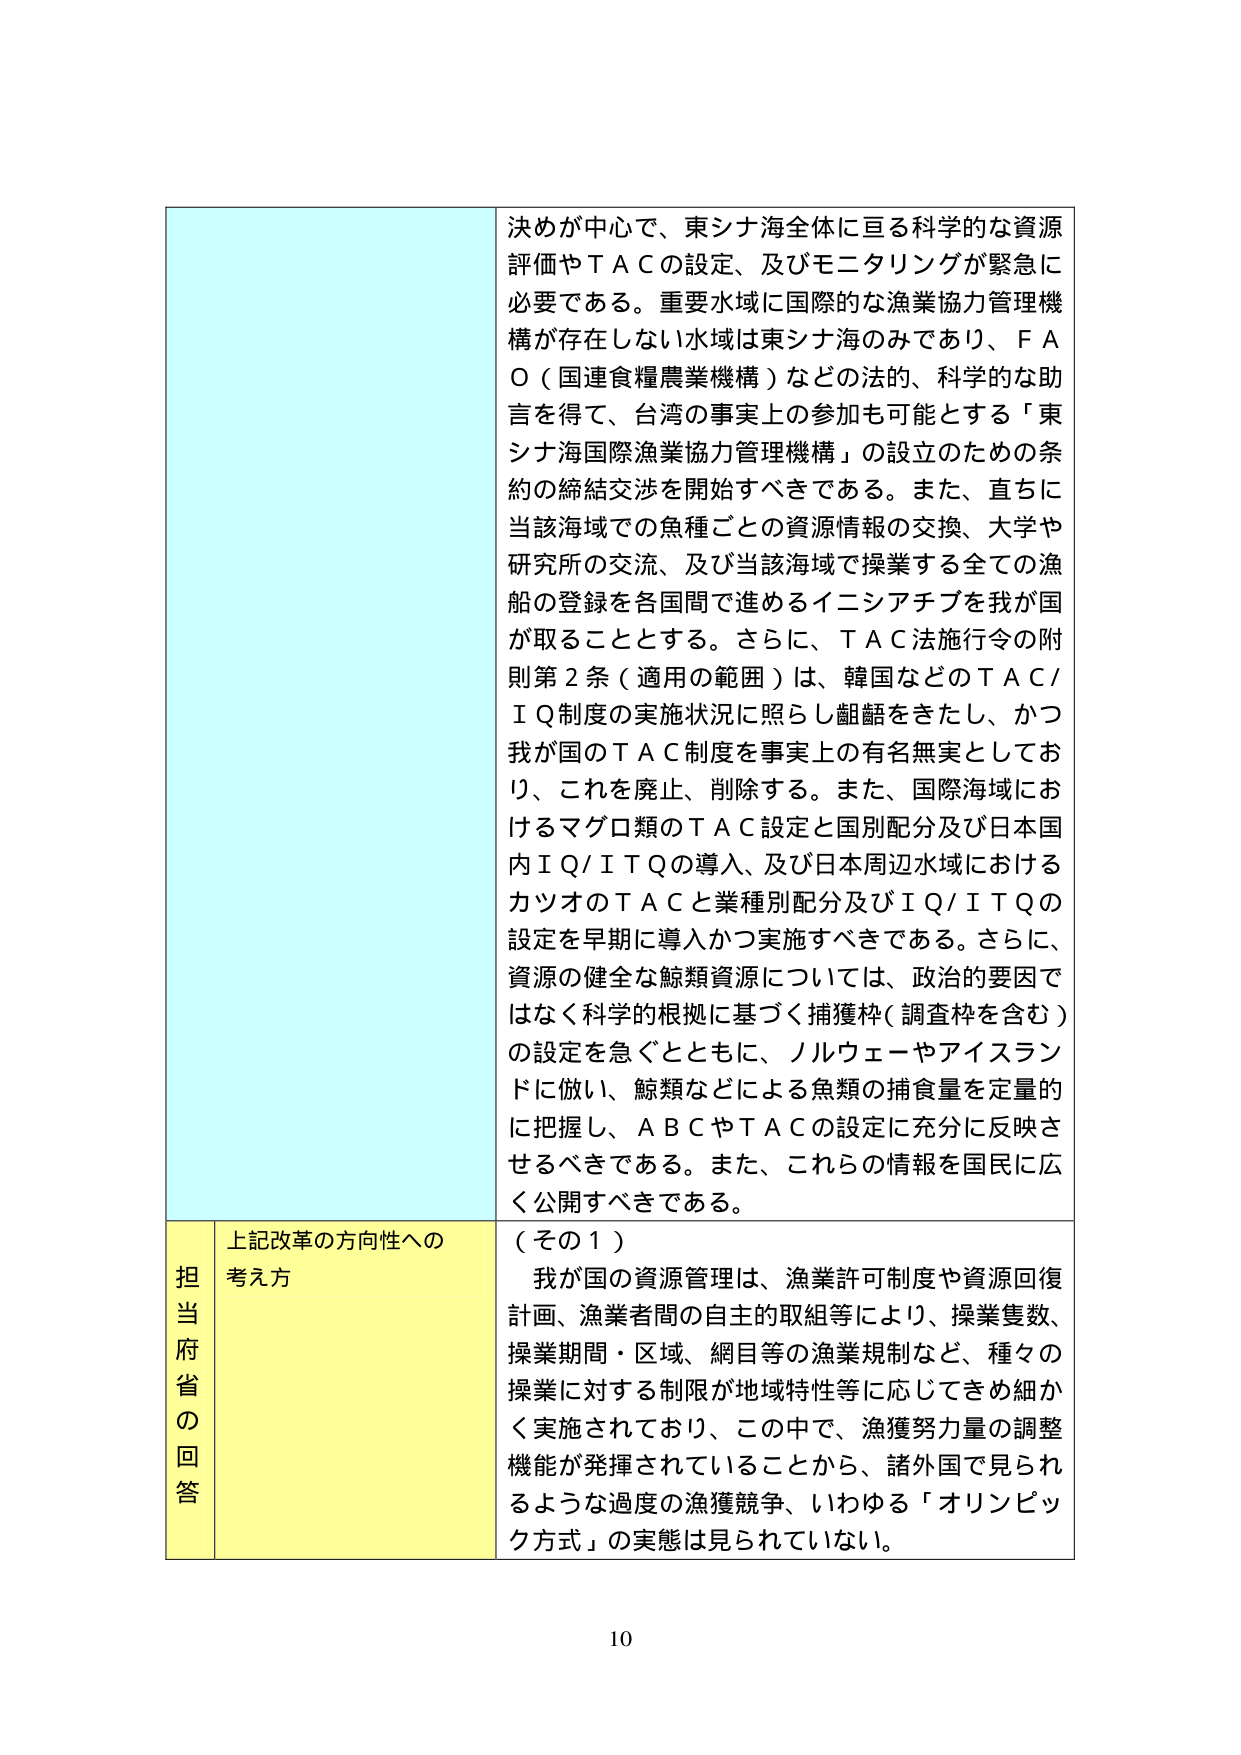
決めが中心で、東シナ海全体に亘る科学的な資源評価やＴＡＣの設定、及びモニタリングが緊急に必要である。重要水域に国際的な漁業協力管理機構が存在しない水域は東シナ海のみであり、ＦＡＯ（国連食糧農業機構）などの法的、科学的な助言を得て、台湾の事実上の参加も可能とする「東シナ海国際漁業協力管理機構」の設立のための条約の締結交渉を開始すべきである。また、直ちに当該海域での魚種ごとの資源情報の交換、大学や研究所の交流、及び当該海域で操業する全ての漁船の登録を各国間で進めるイニシアチブを我が国が取ることとする。さらに、ＴＡＣ法施行令の附則第２条（適用の範囲）は、韓国などのＴＡＣ／ＩＱ制度の実施状況に照らし齟齬をきたし、かつ我が国のＴＡＣ制度を事実上の有名無実としており、これを廃止、削除する。また、国際海域におけるマグロ類のＴＡＣ設定と国別配分及び日本国内ＩＱ／ＩＴＱの導入、及び日本周辺水域におけるカツオのＴＡＣと業種別配分及びＩＱ／ＩＴＱの設定を早期に導入かつ実施すべきである。さらに、資源の健全な鯨類資源については、政治的要因ではなく科学的根拠に基づく捕獲枠（調査枠を含む）の設定を急ぐとともに、ノルウェーやアイスランドに倣い、鯨類などによる魚類の捕食量を定量的に把握し、ＡＢＣやＴＡＣの設定に充分に反映させるべきである。また、これらの情報を国民に広く公開すべきである。

担当府省の回答
上記改革の方向性への考え方
（その１）
我が国の資源管理は、漁業許可制度や資源回復計画、漁業者間の自主的取組等により、操業隻数、操業期間・区域、網目等の漁業規制など、種々の操業に対する制限が地域特性等に応じてきめ細かく実施されており、この中で、漁獲努力量の調整機能が発揮されていることから、諸外国で見られるような過度の漁獲競争、いわゆる「オリンピック方式」の実態は見られていない。

10